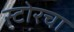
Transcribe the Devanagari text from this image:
स्टोरचा